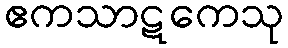
ဧကသာဋကေသု